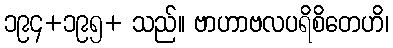
၁၉၄+၁၉၅+ သည်။ ဗာဟာဗလပရိစိတေဟိ၊